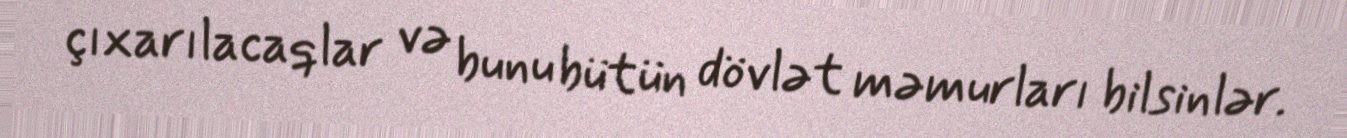
çıxarılacaqlar və bunu bütün dövlət məmurları bilsinlər.